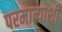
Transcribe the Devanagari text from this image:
परमात्याशी